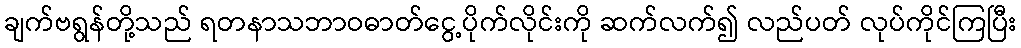
ချက်ဗရွန်တို့သည် ရတနာသဘာဝဓာတ်ငွေ့ပိုက်လိုင်းကို ဆက်လက်၍ လည်ပတ် လုပ်ကိုင်ကြပြီး